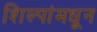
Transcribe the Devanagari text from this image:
शिल्पांमधून